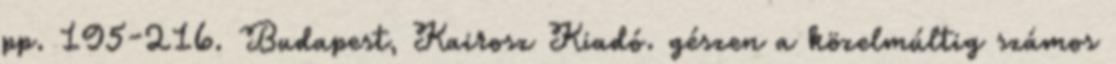
pp. 195-216. Budapest, Kairosz Kiadó. gészen a közelmúltig számos